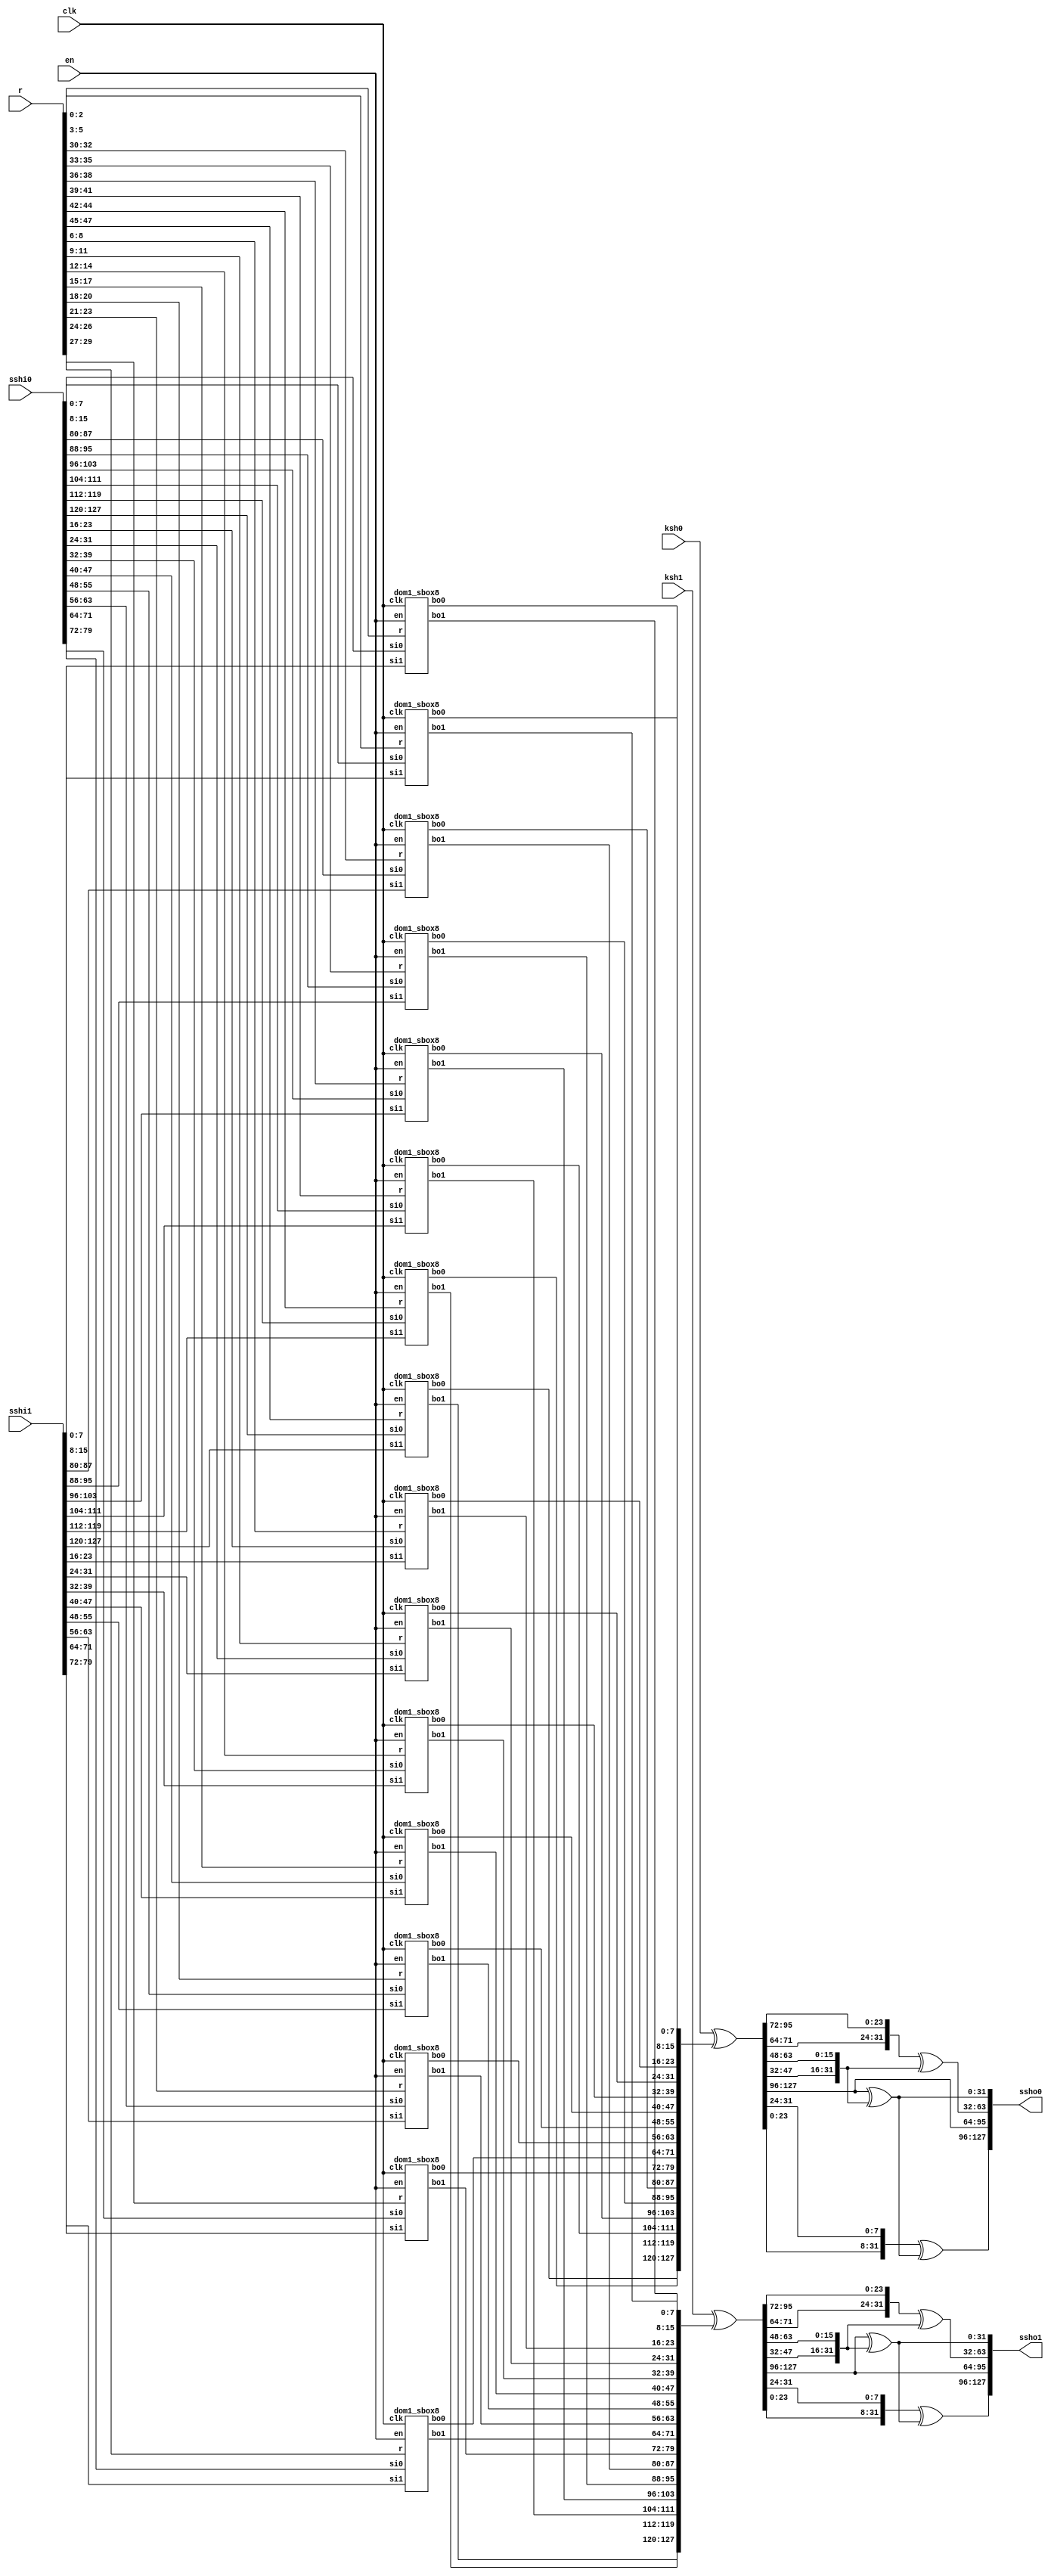
/*
 Designer: Mustafa Khairallah
 Nanyang Technological University
 Singapore
 Date: July, 2021
 */

/* 
 The round function of Skinny protected
 with first order domain-oriented masking.
 */
module dom1_skinny_rnd (/*AUTOARG*/
   // Outputs
   ssho0, ssho1,
   // Inputs
   sshi0, sshi1, ksh0, ksh1, r, en, clk
   ) ;
   output [127:0] ssho0, ssho1;
   input [127:0]  sshi0, sshi1, ksh0, ksh1;
   input [47:0]   r;
   input [3:0] 	  en;   
   input          clk;

   wire [127:0]   sbi0, sbi1;
   wire [127:0]   sbo0, sbo1;
   wire [127:0]   mxc0, mxc1;
   wire [127:0]   atk0, atk1;
   wire [127:0]   shr0, shr1;

   // Except in the first round, the SBox takes the output
   // of the MixColumn step.
   assign sbi0 = sshi0;
   assign sbi1 = sshi1;

   // Assigning the output
   assign ssho0 = mxc0;
   assign ssho1 = mxc1;   

   // DOM SBox takes (sbi0,sbi1) => (sbo0, sbo1),   
   dom1_sbox8 sbox0  (sbo1[ 7 :	0],sbo0[ 7 :  0],sbi0[ 7 :  0],sbi1[ 7 :  0], r[ 2: 0],en,clk);
   dom1_sbox8 sbox1  (sbo1[ 15:	8],sbo0[ 15:  8],sbi0[ 15:  8],sbi1[ 15:  8], r[ 5: 3],en,clk);
   dom1_sbox8 sbox2  (sbo1[ 23: 16],sbo0[ 23: 16],sbi0[ 23: 16],sbi1[ 23: 16],r[ 8: 6],en,clk);
   dom1_sbox8 sbox3  (sbo1[ 31: 24],sbo0[ 31: 24],sbi0[ 31: 24],sbi1[ 31: 24],r[11: 9],en,clk);
   dom1_sbox8 sbox4  (sbo1[ 39: 32],sbo0[ 39: 32],sbi0[ 39: 32],sbi1[ 39: 32],r[14:12],en,clk);
   dom1_sbox8 sbox5  (sbo1[ 47: 40],sbo0[ 47: 40],sbi0[ 47: 40],sbi1[ 47: 40],r[17:15],en,clk);
   dom1_sbox8 sbox6  (sbo1[ 55: 48],sbo0[ 55: 48],sbi0[ 55: 48],sbi1[ 55: 48],r[20:18],en,clk);
   dom1_sbox8 sbox7  (sbo1[ 63: 56],sbo0[ 63: 56],sbi0[ 63: 56],sbi1[ 63: 56],r[23:21],en,clk);
   dom1_sbox8 sbox8  (sbo1[ 71: 64],sbo0[ 71: 64],sbi0[ 71: 64],sbi1[ 71: 64],r[26:24],en,clk);
   dom1_sbox8 sbox9  (sbo1[ 79: 72],sbo0[ 79: 72],sbi0[ 79: 72],sbi1[ 79: 72],r[29:27],en,clk);
   dom1_sbox8 sbox10 (sbo1[ 87: 80],sbo0[ 87: 80],sbi0[ 87: 80],sbi1[ 87: 80],r[32:30],en,clk);
   dom1_sbox8 sbox11 (sbo1[ 95: 88],sbo0[ 95: 88],sbi0[ 95: 88],sbi1[ 95: 88],r[35:33],en,clk);
   dom1_sbox8 sbox12 (sbo1[103: 96],sbo0[103: 96],sbi0[103: 96],sbi1[103: 96],r[38:36],en,clk);
   dom1_sbox8 sbox13 (sbo1[111:104],sbo0[111:104],sbi0[111:104],sbi1[111:104],r[41:39],en,clk);
   dom1_sbox8 sbox14 (sbo1[119:112],sbo0[119:112],sbi0[119:112],sbi1[119:112],r[44:42],en,clk);
   dom1_sbox8 sbox15 (sbo1[127:120],sbo0[127:120],sbi0[127:120],sbi1[127:120],r[47:45],en,clk);

   // Addtweakey: the input key shares (ksh0,ksh1) already include
   // the round constants, secret key and tweaks. 
   assign atk0 = ksh0 ^ sbo0;
   assign atk1 = ksh1 ^ sbo1;

   // ShiftRows: This step is basically just renaming the wires
   assign shr0[127:96] =  atk0[127:96];
   assign shr0[ 95:64] = {atk0[ 71:64],atk0[95:72]};
   assign shr0[ 63:32] = {atk0[ 47:32],atk0[63:48]};
   assign shr0[ 31: 0] = {atk0[ 23: 0],atk0[31:24]};

   assign shr1[127:96] =  atk1[127:96];
   assign shr1[ 95:64] = {atk1[ 71:64],atk1[95:72]};
   assign shr1[ 63:32] = {atk1[ 47:32],atk1[63:48]};
   assign shr1[ 31: 0] = {atk1[ 23: 0],atk1[31:24]};

   // MixColumn: Share-wise
   assign mxc0[ 95:64] = shr0[127:96];
   assign mxc0[ 63:32] = shr0[ 95:64] ^ shr0[63:32];
   assign mxc0[ 31: 0] = shr0[127:96] ^ shr0[63:32];
   assign mxc0[127:96] = shr0[ 31: 0] ^ mxc0[31: 0]; 

   assign mxc1[ 95:64] = shr1[127:96];
   assign mxc1[ 63:32] = shr1[ 95:64] ^ shr1[63:32];
   assign mxc1[ 31: 0] = shr1[127:96] ^ shr1[63:32];
   assign mxc1[127:96] = shr1[ 31: 0] ^ mxc1[31: 0]; 
   
endmodule // dom_skinny_rnd

// The DOM-Indep multiplier based sbox8 with registered
// shares.
module dom1_sbox8 (/*AUTOARG*/
   // Outputs
   bo1, bo0,
   // Inputs
   si0, si1, r, en, clk
   ) ;
   output [7:0] bo1;
   output [7:0] bo0;

   input [7:0]  si0, si1;
   input [2:0]  r;
   input [3:0] 	en;   
   input        clk;
   
   wire [1:0]   bi7;
   wire [1:0]   bi6;
   wire [1:0]   bi5;
   wire [1:0]   bi4;
   wire [1:0]   bi3;
   wire [1:0]   bi2;
   wire [1:0]   bi1;
   wire [1:0]   bi0;

   wire [1:0]   a7;
   wire [1:0]   a6;
   wire [1:0]   a5;
   wire [1:0]   a4;
   wire [1:0]   a3;
   wire [1:0]   a2;
   wire [1:0]   a1;
   wire [1:0]   a0;

   assign bi0 = {si1[0],si0[0]};
   assign bi1 = {si1[1],si0[1]};
   assign bi2 = {si1[2],si0[2]};
   assign bi3 = {si1[3],si0[3]};
   assign bi4 = {si1[4],si0[4]};
   assign bi5 = {si1[5],si0[5]};
   assign bi6 = {si1[6],si0[6]};
   assign bi7 = {si1[7],si0[7]};
   
   dom1_sbox8_cfn_fr b764 (a0,bi7,bi6,bi4,r[0],clk,en[0]);
   dom1_sbox8_cfn_fr b320 (a1,bi3,bi2,bi0,r[1],clk,en[0]);
   dom1_sbox8_cfn_fr b216 (a2,bi2,bi1,bi6,r[2],clk,en[0]);
   dom1_sbox8_cfn_fr b015 (a3,a0, a1, bi5,r[0],clk,en[1]);
   dom1_sbox8_cfn_fr b131 (a4,a1, bi3,bi1,r[1],clk,en[1]);
   dom1_sbox8_cfn_fr b237 (a5,a2, a3, bi7,r[0],clk,en[2]);
   dom1_sbox8_cfn_fr b303 (a6,a3, a0, bi3,r[1],clk,en[2]);
   dom1_sbox8_cfn_fr b422 (a7,a4, a5, bi2,r[0],clk,en[3]);

   assign {bo1[6],bo0[6]} = a0;
   assign {bo1[5],bo0[5]} = a1;
   assign {bo1[2],bo0[2]} = a2;
   assign {bo1[7],bo0[7]} = a3;
   assign {bo1[3],bo0[3]} = a4;
   assign {bo1[1],bo0[1]} = a5;
   assign {bo1[4],bo0[4]} = a6;
   assign {bo1[0],bo0[0]} = a7;
   
endmodule // dom1_sbox8

// The core registered function of the skinny sbox8.
// fr: fully registered, all and operations are
// registered.
// cfn: core function
// The core function is basically (x nor y) xor z
// We use de morgan's law to convert it to:
// ((~x) and (~y)) xor z and use the DOM-Indep
// multiplier for the and gate. We add the shares of
// z to the independent and gates and register the
// output of (a and b) xor c, while for the mixed
// shares we also use (a and b) xor c, but c is the
// fresh randomness.
module dom1_sbox8_cfn_fr (/*AUTOARG*/
   // Outputs
   f,
   // Inputs
   x, y, z, r, clk, en
   ) ;
   output [1:0]        f;
   input [1:0]         x, y, z;
   input               r, clk, en;

   reg [1:0]    g, t;
   always @ (posedge clk) begin
      if (en) begin
	 g[1] <= (~x[1]) & (~y[1]) ^ z[1];
	 g[0] <=   x[0]  &   y[0]  ^ z[0];
	 
	 t[1] <= ((~x[1]) &  y[0] ) ^ r;
	 t[0] <= ((~y[1]) &  x[0] ) ^ r;
      end      
   end   

   assign f[0] = t[0] ^ g[0];
   assign f[1] = t[1] ^ g[1];
   
endmodule // dom1_sbox8_corefn_fullreg